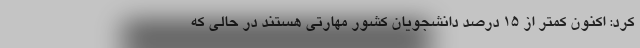
کرد: اکنون کمتر از 15 درصد دانشجویان کشور مهارتی هستند در حالی که